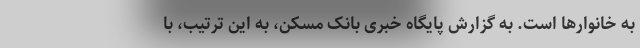
به خانوارها است. به گزارش پایگاه خبری بانک مسکن، به این ترتیب، با